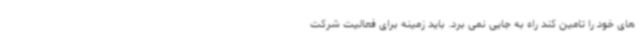
های خود را تامین کند راه به جایی نمی برد. باید زمینه برای فعالیت شرکت